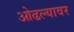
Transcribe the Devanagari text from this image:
ओढल्यावर